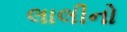
લાલીનો